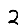
Digit: 2